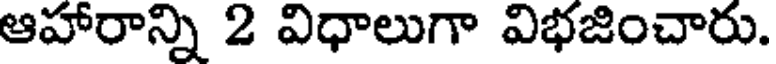
ఆహారాన్ని 2 విధాలుగా విభజించారు.